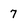
Character: 7